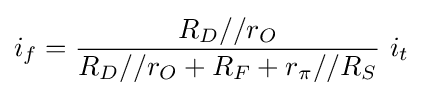
i_{f}={\frac {R_{D}//r_{O}}{R_{D}//r_{O}+R_{F}+r_{\pi }//R_{S}}}\ i_{t}\